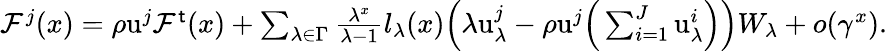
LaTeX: \begin{array}{r}{\mathcal{F}^{j}(x)=\rho\mathrm{u}^{j}\mathcal{F}^{\mathsf{t}}(x)+\sum_{\lambda\in\Gamma}\frac{\lambda^{x}}{\lambda-1}l_{\lambda}(x)\Big(\lambda\mathrm{u}_{\lambda}^{j}-\rho\mathrm u^{j}\Big(\sum_{i=1}^{J}\mathrm{u}_{\lambda}^{i}\Big)\Big)W_{\lambda}+o(\gamma^{x}).}\end{array}